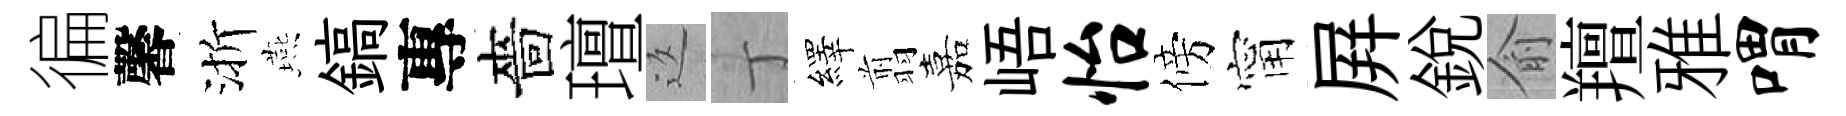
徧馨渐燕鎬專嗇璮返丁繹翦嘉峿怡傍甯屛銳俞羶雅喟